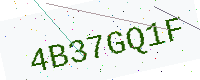
Text: 4B37GQ1F